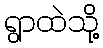
ရွာထဲသို့